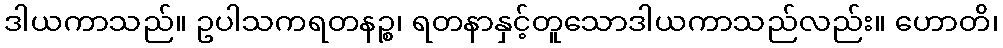
ဒါယကာသည်။ ဥပါသကရတနဉ္စ၊ ရတနာနှင့်တူသောဒါယကာသည်လည်း။ ဟောတိ၊